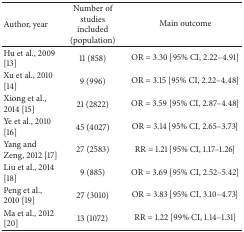
<table><thead><tr><td><b>Author, year</b></td><td><b>Number of studies included (population)</b></td><td><b>Main outcome</b></td></tr></thead><tbody><tr><td> Hu et al., 2009 [13]</td><td>11 (858)</td><td>OR = 3.30 [95% CI, 2.22–4.91]</td></tr><tr><td> Xu et al., 2010 [14]</td><td>9 (996)</td><td>OR = 3.15 [95% CI, 2.22–4.48]</td></tr><tr><td> Xiong et al., 2014 [15]</td><td>21 (2822)</td><td>OR = 3.59 [95% CI, 2.87–4.48]</td></tr><tr><td> Ye et al., 2010 [16]</td><td>45 (4027)</td><td>OR = 3.14 [95% CI, 2.65–3.73]</td></tr><tr><td> Yang and Zeng, 2012 [17]</td><td>27 (2583)</td><td>RR = 1.21 [95% CI, 1.17–1.26]</td></tr><tr><td> Liu et al., 2014 [18]</td><td>9 (885)</td><td>OR = 3.69 [95% CI, 2.52–5.42]</td></tr><tr><td> Peng et al., 2010 [19]</td><td>27 (3010)</td><td>OR = 3.83 [95% CI, 3.10–4.73]</td></tr><tr><td> Ma et al., 2012 [20]</td><td>13 (1072)</td><td>RR = 1.22 [99% CI, 1.14–1.31]</td></tr></tbody></table>